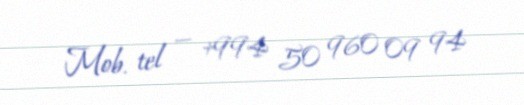
Mob. tel — +994 50 960 09 94